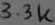
Text: 3.3K